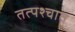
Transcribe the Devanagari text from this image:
तत्‍पश्‍चात